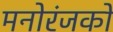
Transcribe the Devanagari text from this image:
मनोरंजकों